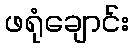
ဖရုံချောင်း